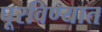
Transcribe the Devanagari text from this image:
पूरविण्यात